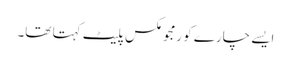
ایسے چارے کو رمجو مکس پلیٹ کہتا تھا۔